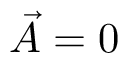
\overset { \vartriangle } { \vec { A } } = \boldsymbol { 0 }